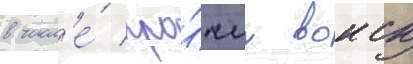
в числ'е́ про́чих воиск